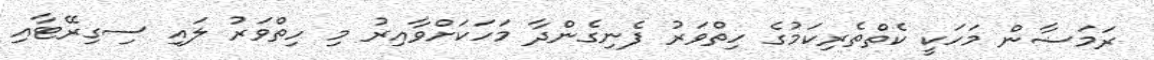
ރަމަޟާން މަހަކީ ކެތްތެރިކަމުގެ ހިތްވަރު ފެނިގެންދާ މަހަކަށްވާއިރު މި ހިތްވަރު ލައި ސިގިރޭޓާއި